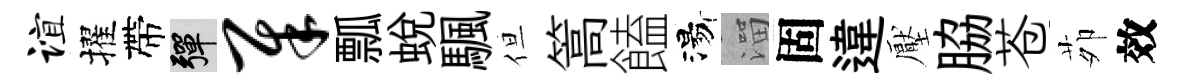
谊擢帶彈犀瓢蜕颿但篙饁湯溜固違壓脇苍茆效